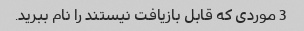
3 موردی که قابل بازیافت نیستند را نام ببرید.